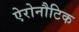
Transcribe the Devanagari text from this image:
ऐरोनौटिक